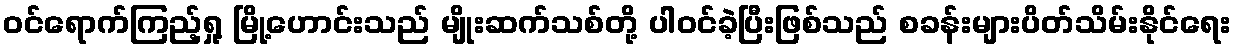
ဝင်ရောက်ကြည့်ရှု့ မြို့ဟောင်းသည် မျိုးဆက်သစ်တို့ ပါဝင်ခဲ့ပြီးဖြစ်သည် စခန်းများပိတ်သိမ်းနိုင်ရေး